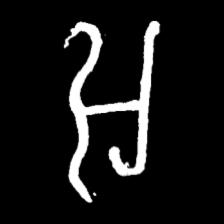
Pyu character \u2014 Myanmar letter: အ (romanized: a)